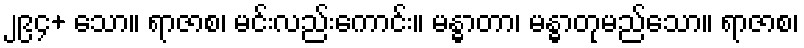
၂၉၄+ သော။ ရာဇာစ၊ မင်းလည်းကောင်း။ မန္ဓာတာ၊ မန္ဓာတုမည်သော။ ရာဇာစ၊